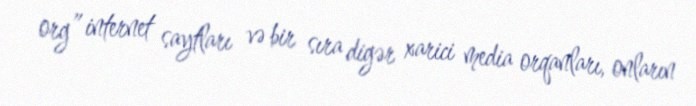
org” internet saytları və bir sıra digər xarici media orqanları, onların